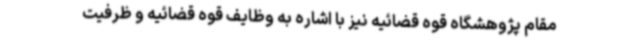
مقام پژوهشگاه قوه قضائیه نیز با اشاره به وظایف قوه قضائیه و ظرفیت